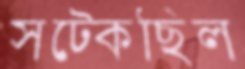
সট্‌কেছিল